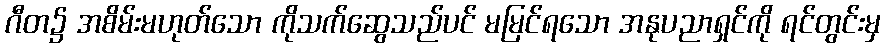
ဂီတ၌ အစိမ်းမဟုတ်သော ကိုသက်ဆွေသည်ပင် မမြင်ရသော အနုပညာရှင်ကို ရင်တွင်းမှ